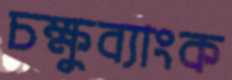
চক্ষুব্যাংক